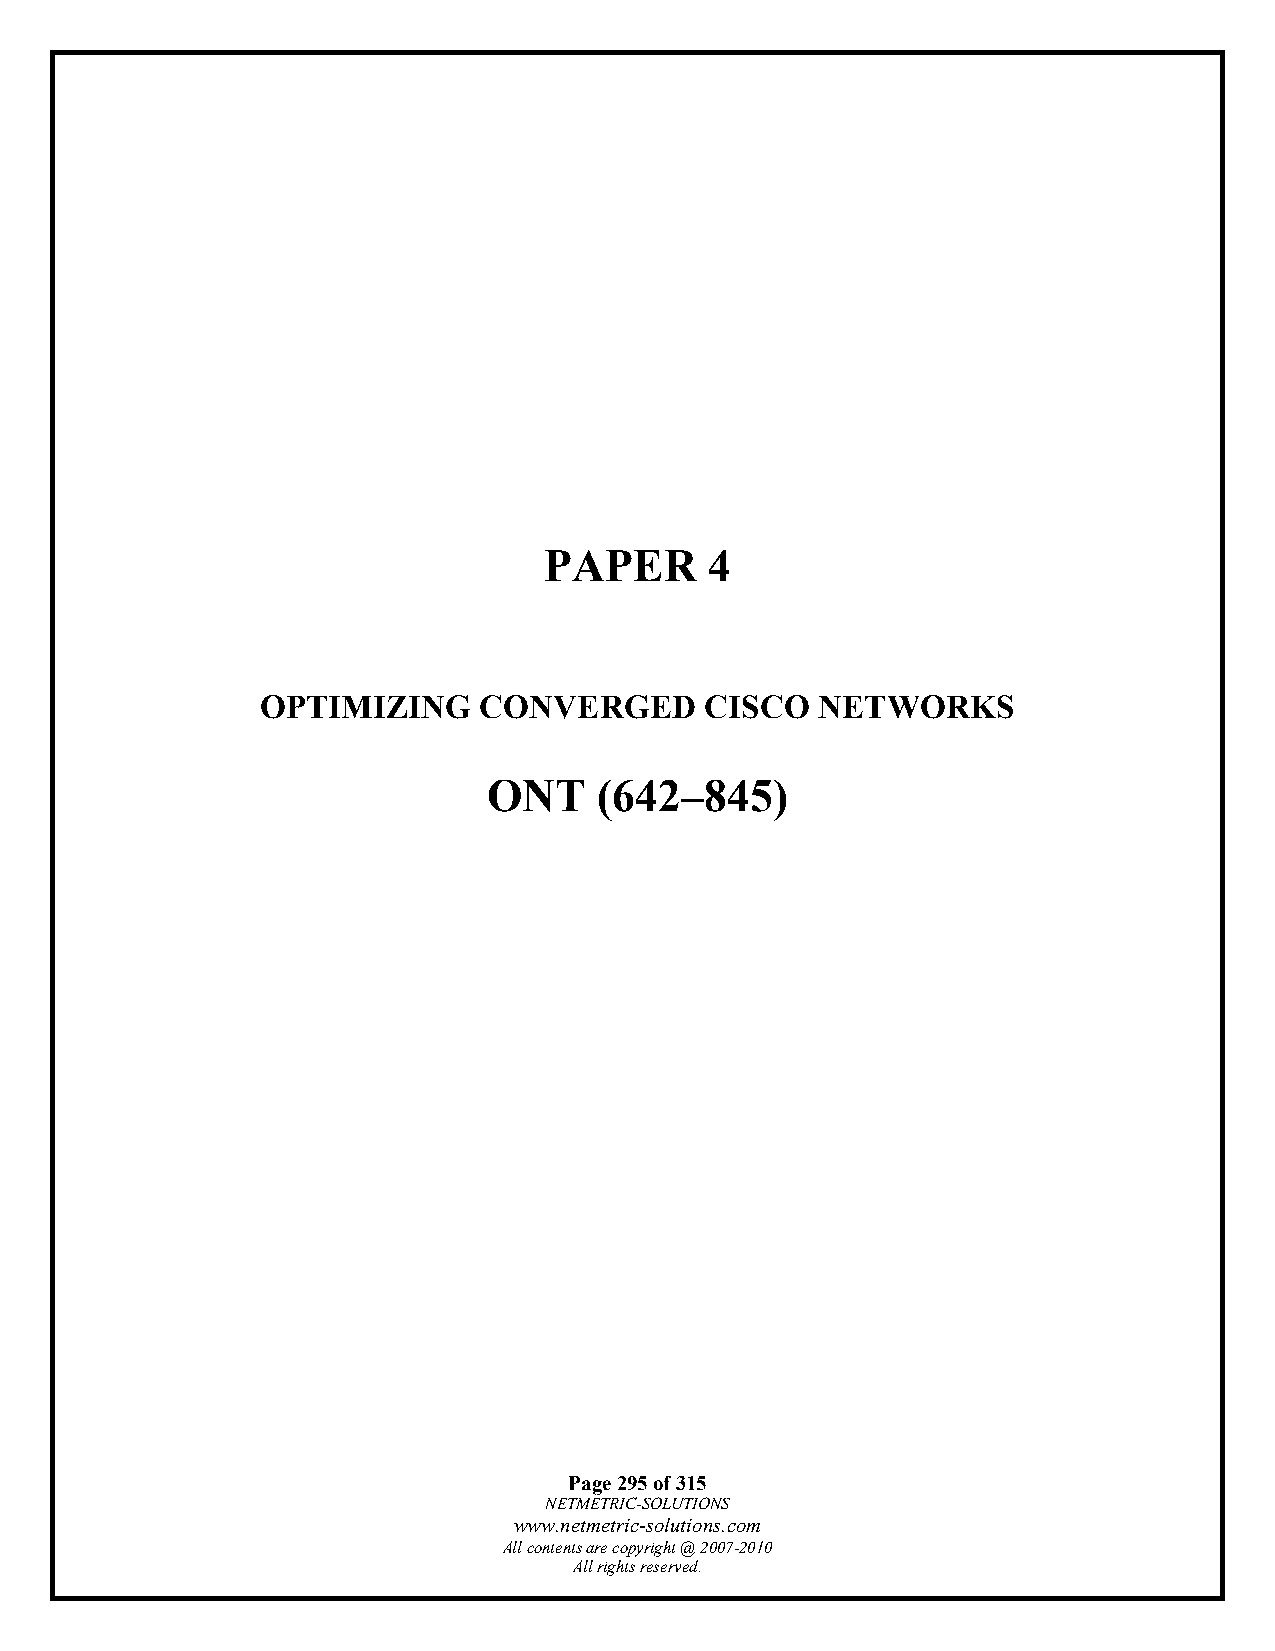
PAPER      4
 OPTIMIZING     CONVERGED      CISCO  NETWORKS
 ONT     (642–845)
 Page 295 of 315
 NETMETRIC-SOLUTIONS
 www.netmetric-solutions.com
 All contents are copyright @ 2007-2010
 All rights reserved.